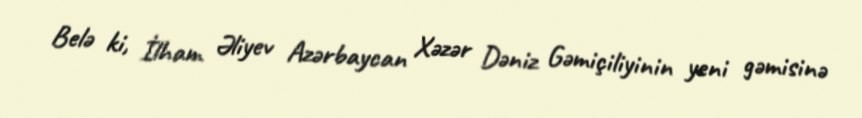
Belə ki, İlham Əliyev Azərbaycan Xəzər Dəniz Gəmiçiliyinin yeni gəmisinə